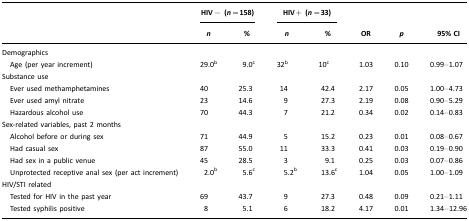
<table><thead><tr><td rowspan="3"></td><td colspan="2"><b>HIV− (<i>n</i>=158)</b></td><td colspan="2"><b>HIV+ (<i>n</i>=33)</b></td><td rowspan="3"><b>OR</b></td><td rowspan="3"><b><i>p</i></b></td><td rowspan="3"><b>95% CI</b></td></tr><tr><td><b><i>n</i></b></td><td><b>%</b></td><td><b><i>n</i></b></td><td><b>%</b></td></tr></thead><tbody><tr><td colspan="8">Demographics</td></tr><tr><td> Age (per year increment)</td><td>29.0b</td><td>9.0c</td><td>32b</td><td>10c</td><td>1.03</td><td>0.10</td><td>0.99–1.07</td></tr><tr><td colspan="8">Substance use</td></tr><tr><td> Ever used methamphetamines</td><td>40</td><td>25.3</td><td>14</td><td>42.4</td><td>2.17</td><td>0.05</td><td>1.00–4.73</td></tr><tr><td> Ever used amyl nitrate</td><td>23</td><td>14.6</td><td>9</td><td>27.3</td><td>2.19</td><td>0.08</td><td>0.90–5.29</td></tr><tr><td> Hazardous alcohol use</td><td>70</td><td>44.3</td><td>7</td><td>21.2</td><td>0.34</td><td>0.02</td><td>0.14–0.83</td></tr><tr><td colspan="8">Sex-related variables, past 2 months</td></tr><tr><td> Alcohol before or during sex</td><td>71</td><td>44.9</td><td>5</td><td>15.2</td><td>0.23</td><td>0.01</td><td>0.08–0.67</td></tr><tr><td> Had casual sex</td><td>87</td><td>55.0</td><td>11</td><td>33.3</td><td>0.41</td><td>0.03</td><td>0.19–0.90</td></tr><tr><td> Had sex in a public venue</td><td>45</td><td>28.5</td><td>3</td><td>9.1</td><td>0.25</td><td>0.03</td><td>0.07–0.86</td></tr><tr><td> Unprotected receptive anal sex (per act increment)</td><td>2.0b</td><td>5.6c</td><td>5.2b</td><td>13.6c</td><td>1.04</td><td>0.05</td><td>1.00–1.09</td></tr><tr><td colspan="8">HIV/STI related</td></tr><tr><td> Tested for HIV in the past year</td><td>69</td><td>43.7</td><td>9</td><td>27.3</td><td>0.48</td><td>0.09</td><td>0.21–1.11</td></tr><tr><td> Tested syphilis positive</td><td>8</td><td>5.1</td><td>6</td><td>18.2</td><td>4.17</td><td>0.01</td><td>1.34–12.96</td></tr></tbody></table>